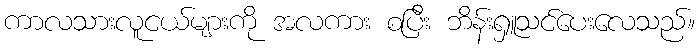
ကာလသားလူငယ်များကို အလကား စပြီး ဘိန်းရှူသင်ပေးလေသည်။